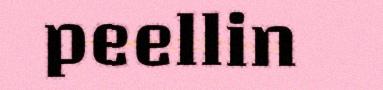
peellin